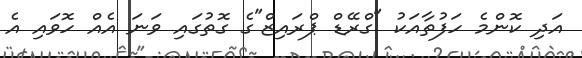
އަދި ކޮންމެ ހަފުތާއަކު "ގްރޭޑް ޕްރައިޒް"ގެ ގޮތުގައި ވަނަ އެއް ހޮވައި އެ